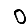
Digit: 0